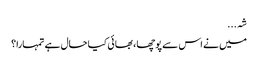
شہ...
میں نے اس سے پوچھا، بھائی کیا حال ہے تمہارا؟